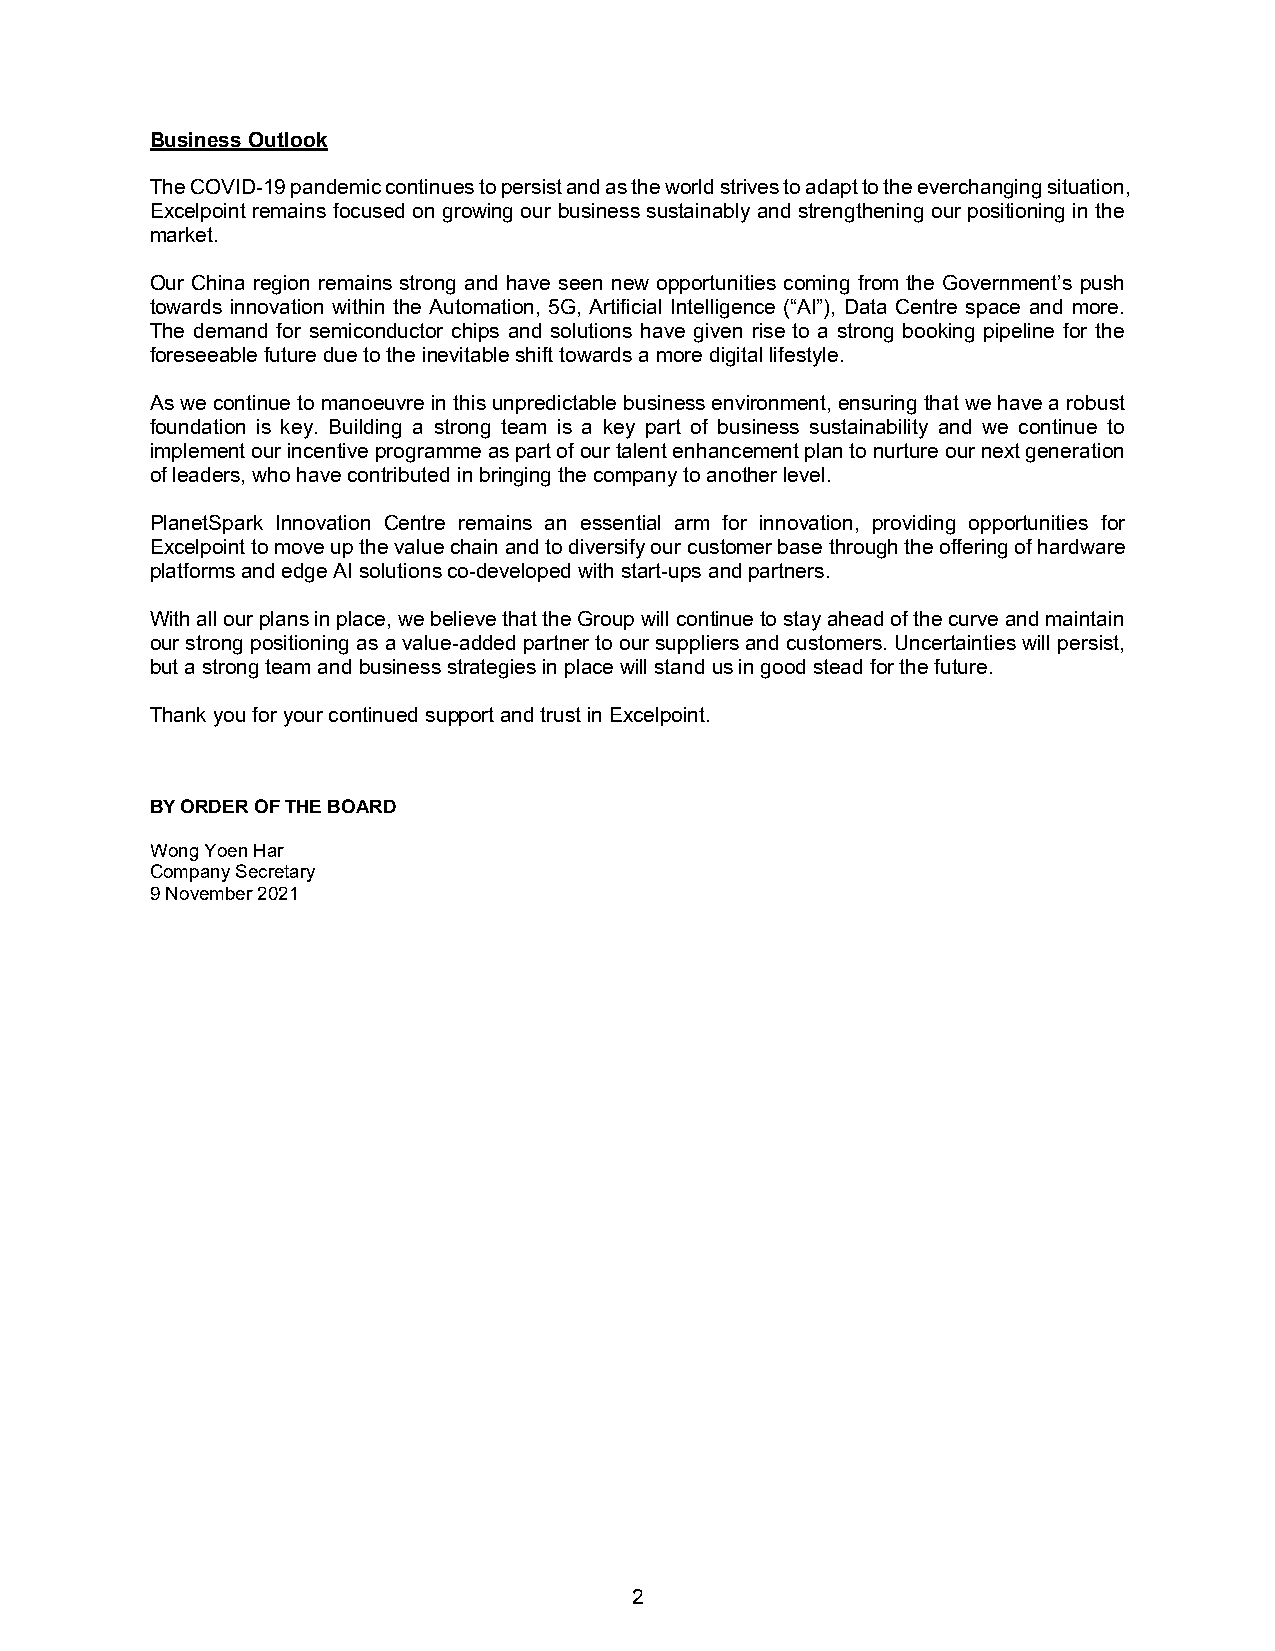
Business Outlook
 The COVID-19 pandemic continues to persist and as the world strives to adapt to the everchanging situation,
 Excelpoint remains focused on growing our business sustainably and strengthening our positioning in the
 market.
 Our China region remains strong and have seen new opportunities coming from the Government’s push
 towards innovation within the Automation, 5G, Artificial Intelligence (“AI”), Data Centre space and more.
 The demand for semiconductor chips and solutions have given rise to a strong booking pipeline for the
 foreseeable future due to the inevitable shift towards a more digital lifestyle.
 As we continue to manoeuvre in this unpredictable business environment, ensuring that we have a robust
 foundation is key. Building a strong team is a key part of business sustainability and we continue to
 implement our incentive programme as part of our talent enhancement plan to nurture our next generation
 of leaders, who have contributed in bringing the company to another level.
 PlanetSpark Innovation Centre remains an essential arm for innovation, providing opportunities for
 Excelpoint to move up the value chain and to diversify our customer base through the offering of hardware
 platforms and edge AI solutions co-developed with start-ups and partners.
 With all our plans in place, we believe that the Group will continue to stay ahead of the curve and maintain
 our strong positioning as a value-added partner to our suppliers and customers. Uncertainties will persist,
 but a strong team and business strategies in place will stand us in good stead for the future.
 Thank you for your continued support and trust in Excelpoint.
 BY ORDER OF THE BOARD
 Wong Yoen Har
 Company Secretary
 9 November 2021
 2